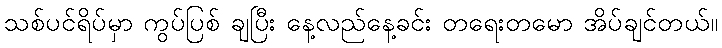
သစ်ပင်ရိပ်မှာ ကွပ်ပြစ် ချပြီး နေ့လည်နေ့ခင်း တရေးတမော အိပ်ချင်တယ်။